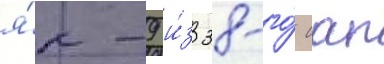
я́к-9 и́з 38-го́ иап